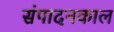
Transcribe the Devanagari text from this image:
संपादनकाल